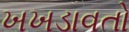
ખખડાવતો